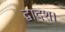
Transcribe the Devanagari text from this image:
द्वादश।